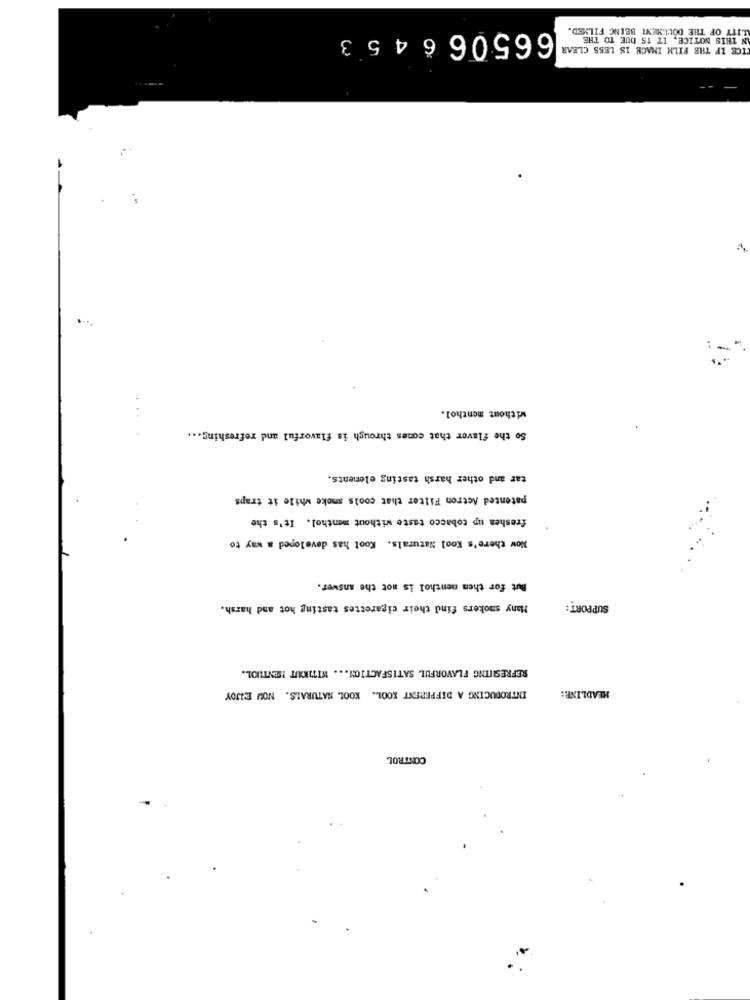
LITY OF THE DOCUMENT BEING FILMED.
665066453
IN THIS NOTICE, IT IS DUE TO THE
ICE IF THE FILM IMAGE IS LESS CLEAR
:
without menthol.
..
So the flavor that comes through is flavorful and refreshing ...
tar and other harsh tasting elements.
patented Actron Filter that cools smoke while it traps
freshen up tobacco taste without menthol. It's the
Now there's Kool Naturals. Kool has developed a way to
But for them menthol is not the answer.
Many smokers find their cigarettes tasting hot and harsh.
SUPPORT:
REFRESHING FLAVORFUL SATISFACTION ... WITHOUT MENTHOL.
HEADLINE:
INTRODUCING A DIFFERENT KOOL. KOOL NATURALS. NOU ENJOY
CONTROL